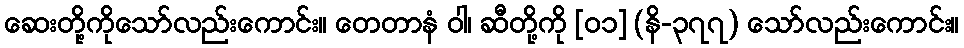
ဆေးတို့ကိုသော်လည်းကောင်း။ တေတာနံ ဝါ၊ ဆီတို့ကို [၀၁] (နိ-၃၇၇) သော်လည်းကောင်း။